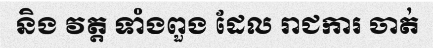
និង វត្ត ទាំងពួង ដែល រាជការ ចាត់